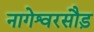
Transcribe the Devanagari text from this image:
नागेश्वरसौड़